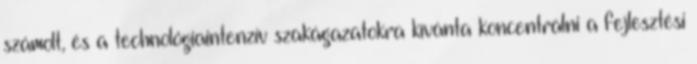
számolt, és a technológiaintenzív szakágazatokra kívánta koncentrálni a fejlesztési